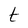
Character: t